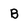
Character: B